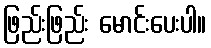
ဖြည်းဖြည်း မောင်းပေးပါ။